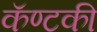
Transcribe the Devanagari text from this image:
कॅण्टकी